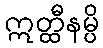
ဣတ္ထီနမ္ပိ